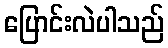
ပြောင်းလဲပါသည်